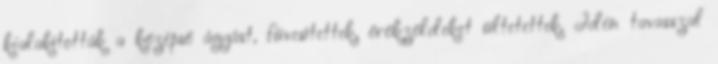
kialakították a középső ágyást, füvesítettek, örökzöldeket ültetettek. Idén tavasszal